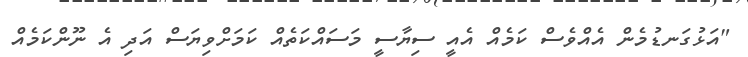
"އަޅުގަނޑުމެން އެއްވެސް ކަމެއް އެއީ ސިޔާސީ މަސައްކަތެއް ކަމަށްވިޔަސް އަދި އެ ނޫންކަމެއް